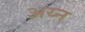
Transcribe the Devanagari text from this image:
अय्न